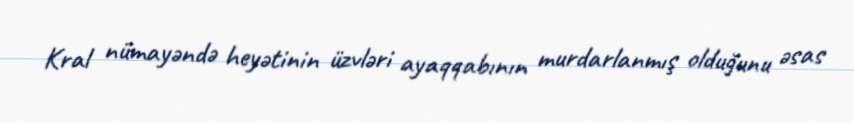
Kral nümayəndə heyətinin üzvləri ayaqqabının murdarlanmış olduğunu əsas